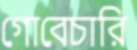
গোবেচারি